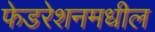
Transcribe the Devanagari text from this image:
फेडरेशनमधील